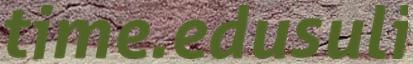
time.edusuli